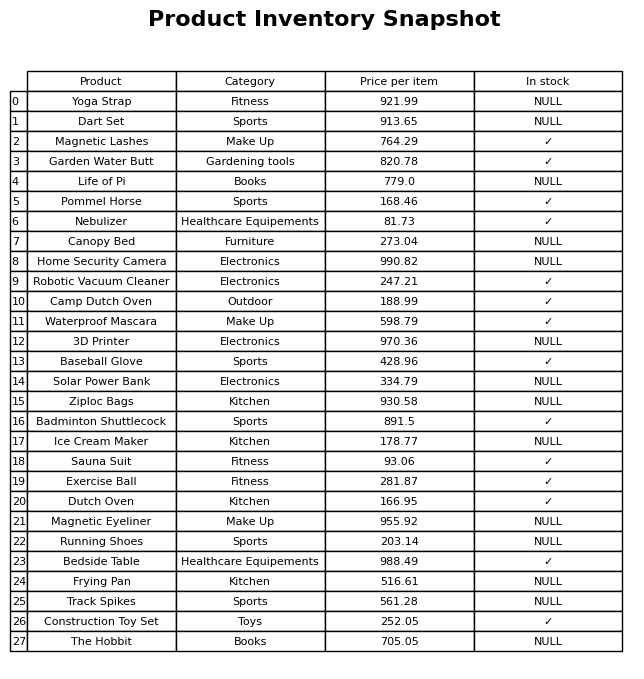
question: What is the price for Nebulizer?
answer: The price of Nebulizer is 81.73.